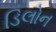
ડિલોન